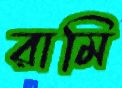
রামি